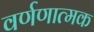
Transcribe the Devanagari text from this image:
वर्णणात्मक